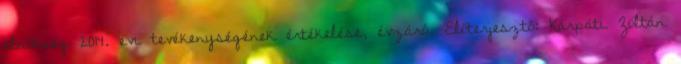
elnökség 2014. évi tevékenységének értékelése, évzáró. Előterjesztő: Kárpáti Zoltán